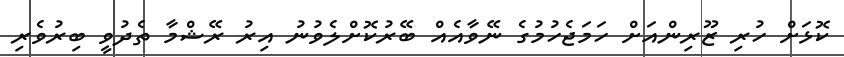
ކޮޅަށް ހުރި ޒޫރިންއަށް ހަމަޖެހުމުގެ ނޭވާއެއް ބޭރުކޮށްލެވުނު އިރު ރޭޝްމާ ތެދުވީ ބިރުވެރި